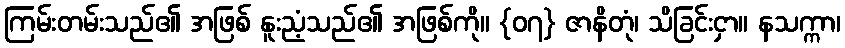
ကြမ်းတမ်းသည်၏ အဖြစ် နူးညံ့သည်၏ အဖြစ်ကို။ {၀၇} ဇာနိတုံ၊ သိခြင်းငှာ။ နသက္ကာ၊